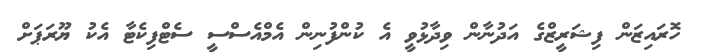
ހޮރައިޒަން ފިޝަރީޒްގެ އަދުނާން ވިދާޅުވީ އެ ކުންފުނިން އެމްއެސްސީ ސެޓްފިކެޓާ އެކު ޔޫރަޕަށް